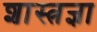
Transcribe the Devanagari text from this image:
शास्त्रज्ञा